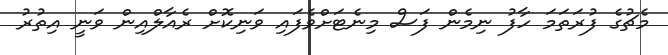
މެޗުގެ ފުރަތަމަ ހާފު ނިމެން ފަސް މިނެޓަށްވެފައި ވަނިކޮށް ރެއާލްއިން ވަނީ އިތުރު